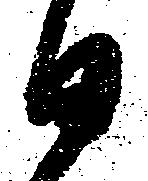
日